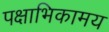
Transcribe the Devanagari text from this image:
पक्षाभिकामय